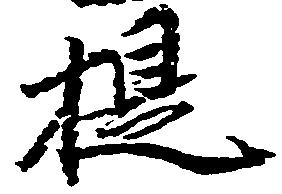
提